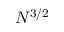
N ^ { 3 / 2 }